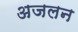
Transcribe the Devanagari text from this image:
अजलन